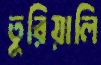
তুরিয়ালি